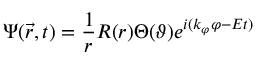
\Psi ( \vec { r } , t ) = \frac 1 r R ( r ) \Theta ( \vartheta ) e ^ { i ( k _ { \varphi } \varphi - E t ) }